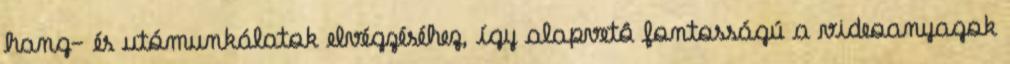
hang- és utómunkálatok elvégzéséhez, így alapvetô fontosságú a videoanyagok